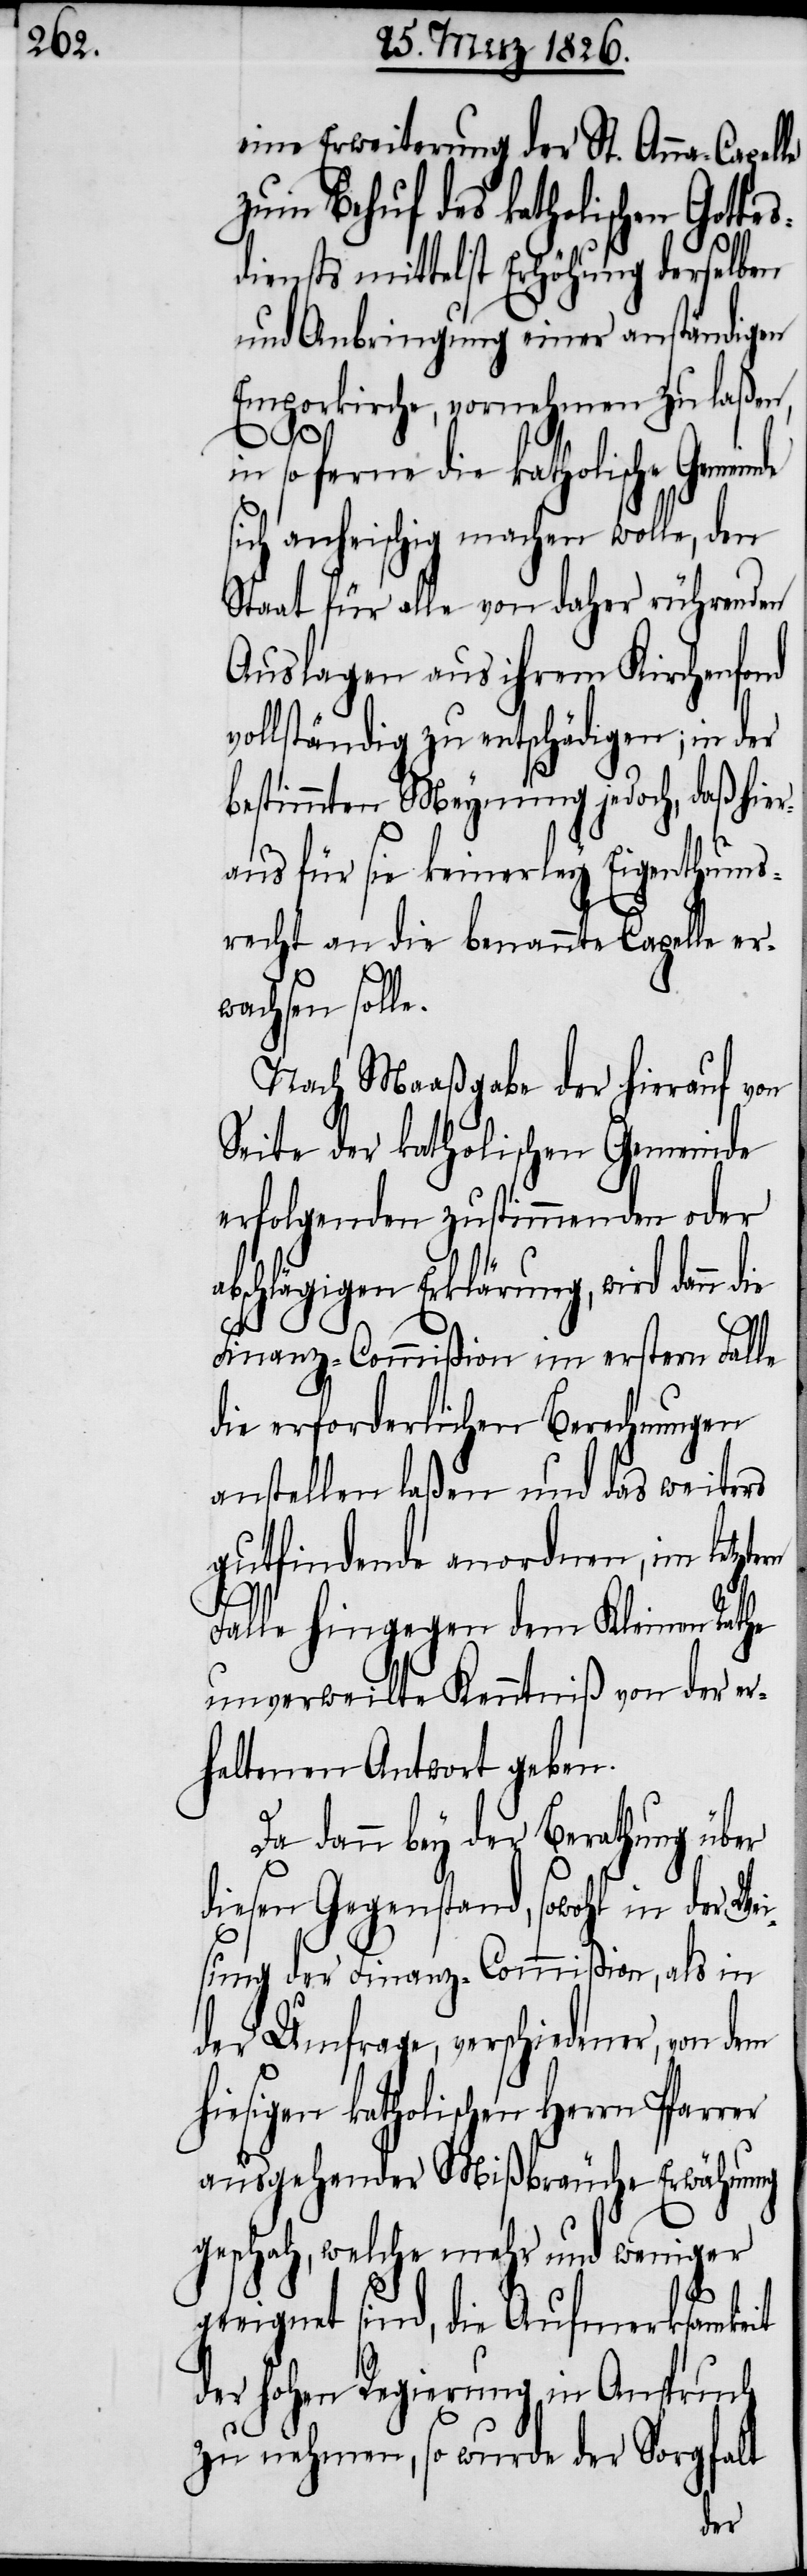
eine Erweiterung der St. Anna-Ca¬
zum Behuf des katholischen Gotte¬
diensts mittelst Erhöhung derselben
und Anbringung einer anständigen
Emporkirche, vornehmen zu laß¬
tern
in soferne die katholische Gemeinde
sich anheischig machen wolle, den
Staat für alle von daher rührenden
Auslagen aus ihrem Kirchenf¬
vollständig zu entschädigen; in der
bestimmten Meynung jedoch, daß
aus für sie keinerley Eigenthum¬
srecht an die benannte Capelle er¬
wachsen soll¬
Nach Maaßgabe der hierauf
Seite der katholischen Gemeinde
erfolgenden zustimmenden oder
bschlägigen Erklärung, wird dann die
Finanz-Commißion im erstern Fa¬
die erforderlichen Berechnungen
anstellen laßen und das weiters
gutfindende anordnen, im letz¬
Falle hingegen dem Kleinen Rathe
unverweilte Kenntniß von der
haltenen Antwort geben.
Da dann bey der Berathung über
diesen Gegenstand, sowohl in der W¬
sung der Finanz-Commißion, als in
der Umfrage, verschiedener, von dem
hiesigen katholischen Herrn Pfarrer
ausgehender Mißbräuche Erwähnung
geschah, welche mehr und weniger
geeignet sind, die Aufmerksamkeit
in Anspruch
der hohen Regierung
zu nehmen, so wu¬
ei¬
der